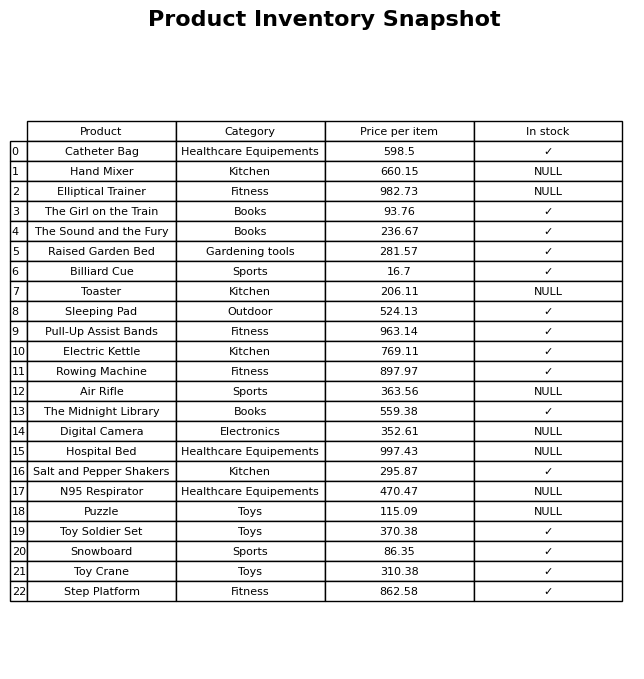
question: What is the stock status of the Sleeping Pad?
answer: ✓